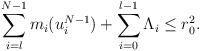
\begin{align*} \begin{aligned} \sum_{i=l}^{N-1} m_i(u_i^{N-1}) + \sum_{i = 0}^{l-1} \Lambda_i \leq r_0^2.\end{aligned}\end{align*}